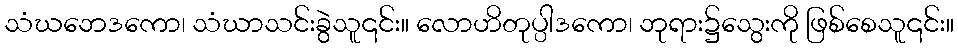
သံဃဘေဒကော၊ သံဃာသင်းခွဲသူ၎င်း။ လောဟိတုပ္ပါဒကော၊ ဘုရား၌သွေးကို ဖြစ်စေသူ၎င်း။